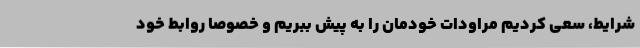
شرایط، سعی کردیم مراودات خودمان را به پیش ببریم و خصوصاً روابط خود